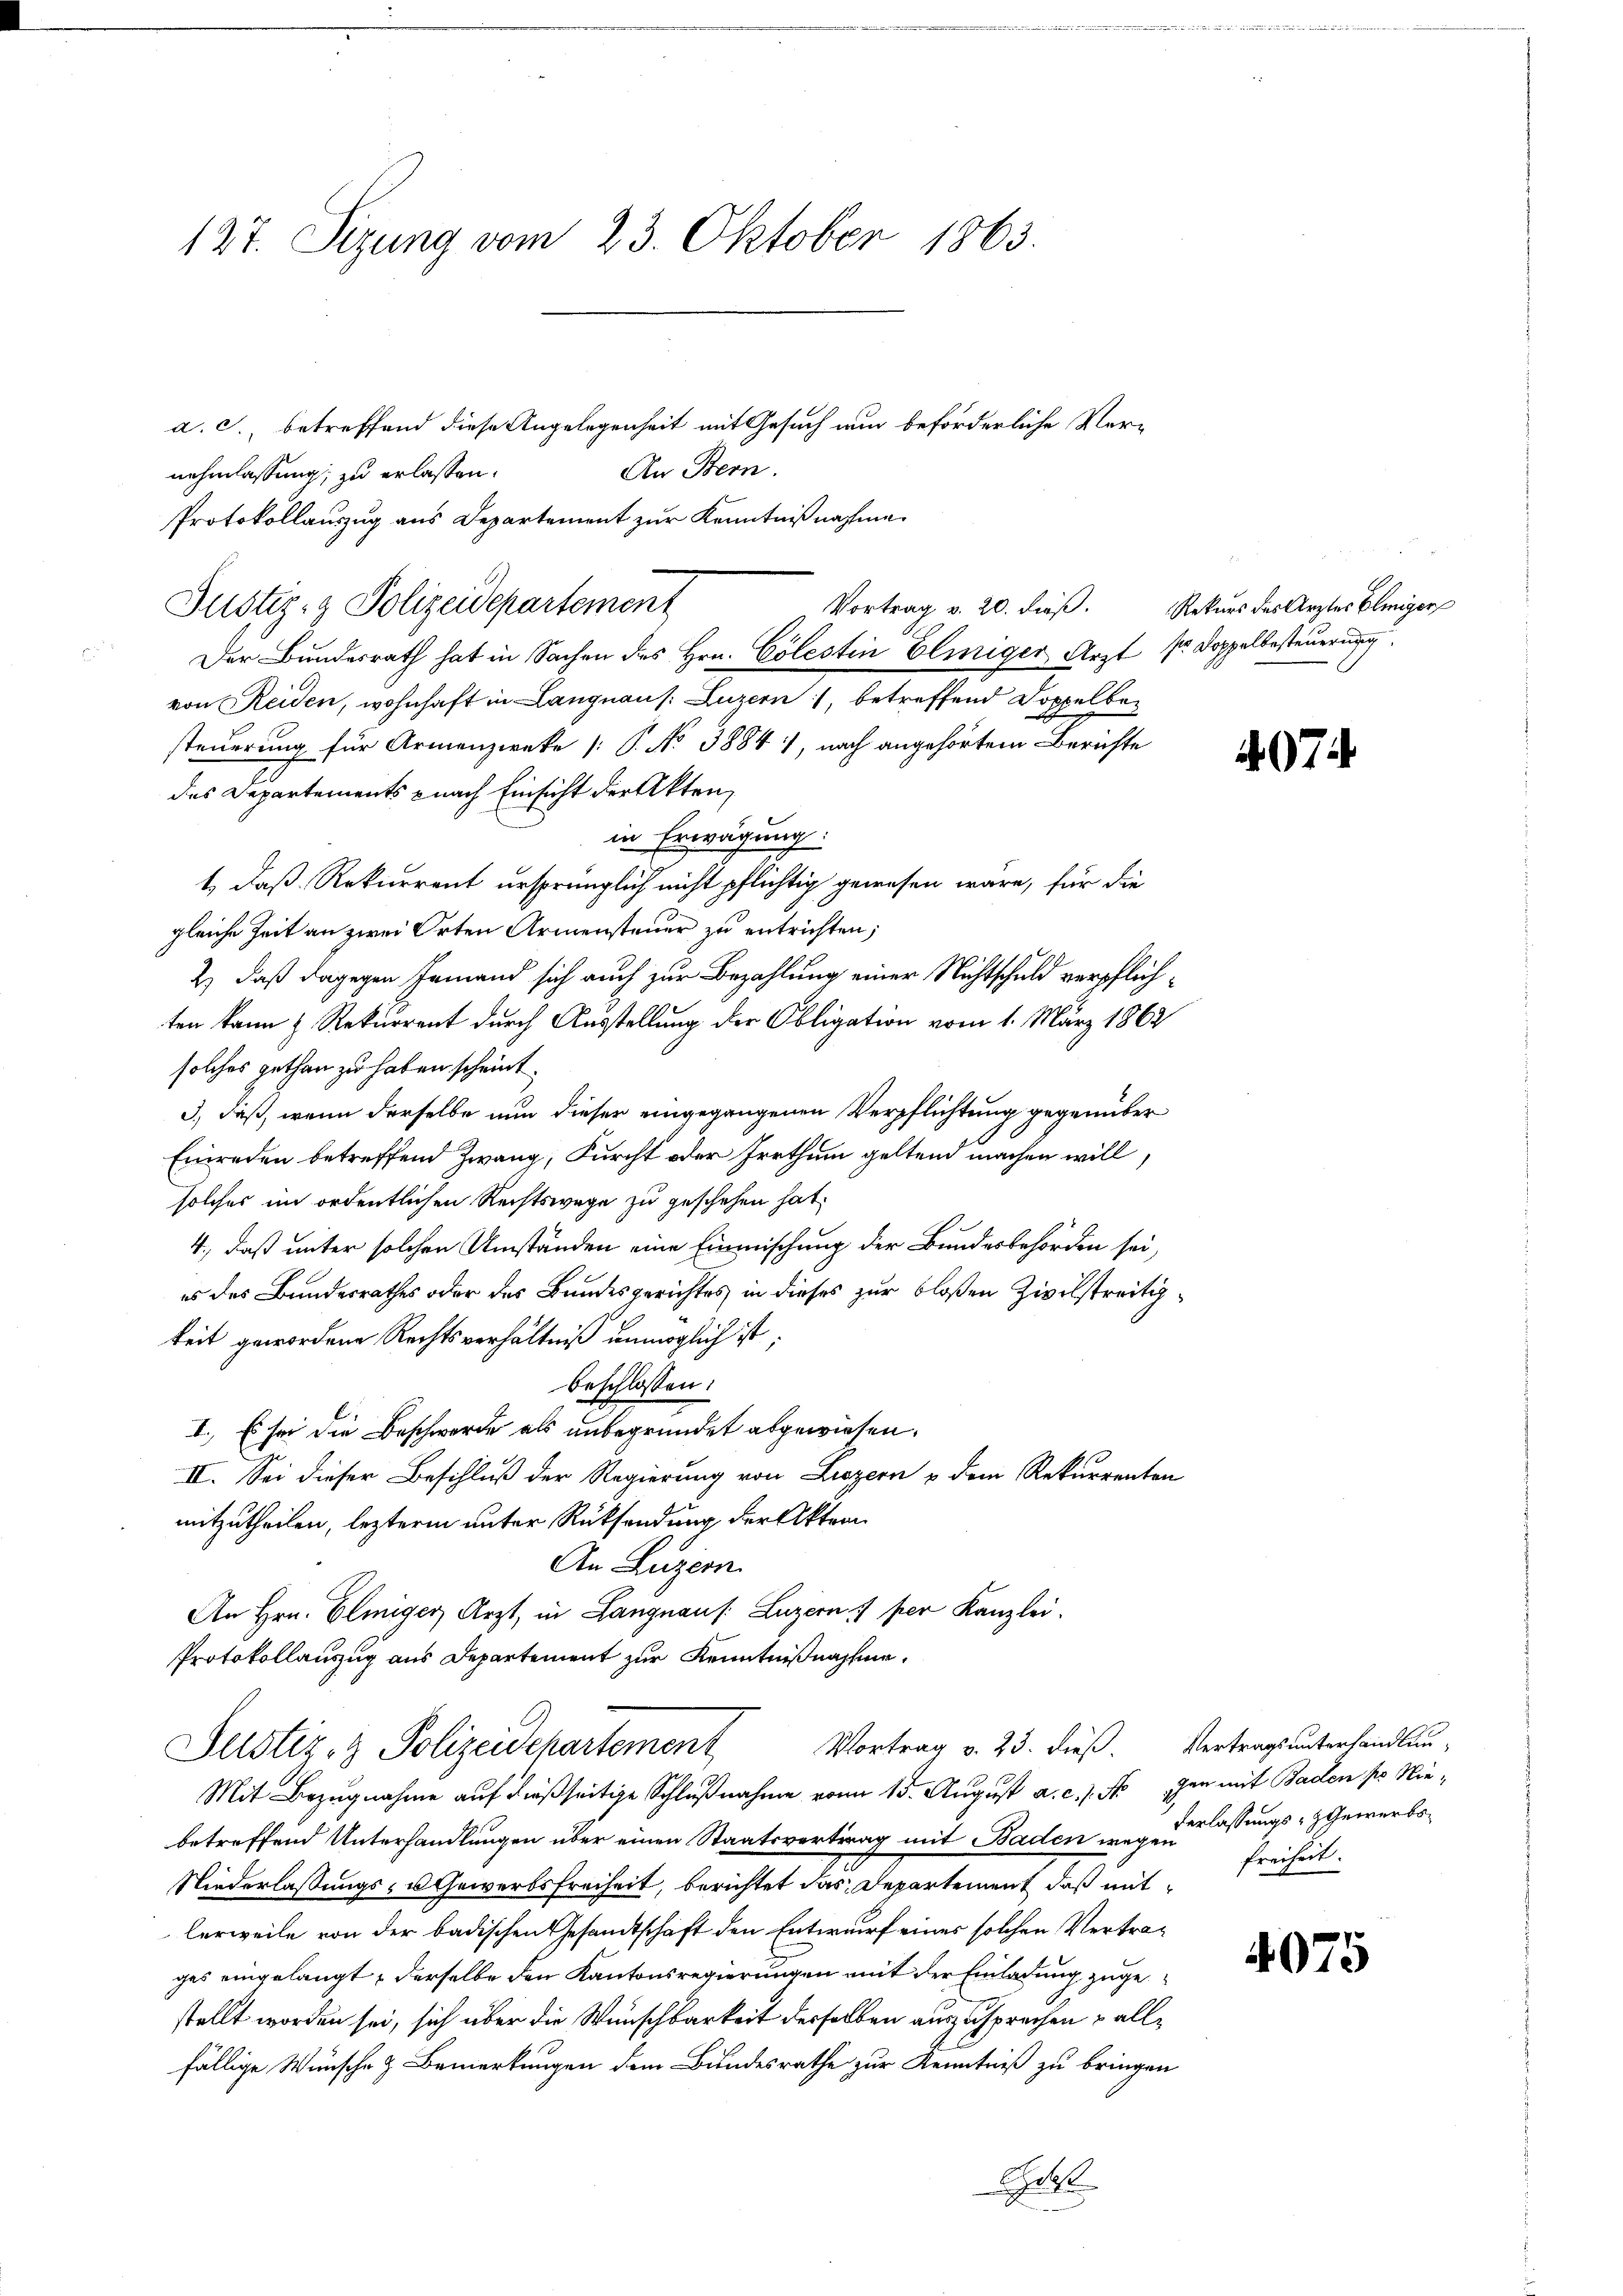
127. Sizung vom 23. Oktober 1863.

a. c., betreffend diese Angelegenheit mit Gesuch nun beförderliche Ver-
An Bern.
nehmlassung, zu erlassen.
Protokollauszug aus Departement zur Kenntnißnahme
Justiz- & Polizeidepartement
Der Bundesrath hat in Sachen des Hrn. Cölestin Eliiger Arzt Sr. Doppelbesteuerung
von Reiden, wohnhaft in Langnau s. Luzern, betreffend Doppel besteuerung für Armenzwecke [P. No 38841, nach angehörtem Berichte
des Departements nach Einsicht der Akten,
in Erwägung:
1.) Daß Rekurrent ursprünglich nicht pflichtig gewesen wäre, für die
gleiche Zeit an zwei Orten Armensteuer zu entrichten;
2.) daß dagegen Jemand sich auch zur Bezahlung einer Nichtschuld verpflichten kann & Rekurrent durch Ausstellung der Obligation vom 1. März 1862
solches gethan zu haben scheint.
3), daß, wenn derselbe nun dieser eingegangenen Verpflichtung gegenüber
Einreden betreffend Zwang, Furcht oder Irrthum geltend machen will,
solches im ordentlichen Rechtswege zu geschehen hat.
4., daß unter solchen Umständen eine Einmischung der Bundesbehörden sei,
es des Bundesrathes oder des Bundesgerichtes in dieses zur bloßen Zivilstreitigkeit gewordene Rechtsverhältniß unmöglich ist;
beschlossen:
I. Es sei die Beschwerde als unbegründet abgewiesen.
II. Sei dieser Beschluß der Regierung von Liezern & dem Rekurrenten
mitzutheilen, leztere unter Rücksendung der Aktran
An Luzern.
An Hrn. Elmiger Arzt, in Langnaus. Luzern) per Kanzlei.
Protokollauszug aus Departement zur Kenntnißnahme.
Vortrag v. 23. dieß Vertragsunterhandlun-
Justiz- & Polizeidchartement
Mit Bezugnahme auf dießseitige Schlußnahme von 15. August a. c. s. Nun mit Baden pr Niebetreffend Unterhandlungen über einen Staatsvertrag mit Baden weg zu lassungs-Gewerbs¬
Niederlassungs- u Gewerbsfreiheit, berichtet das Departement, daß mitlerweile von der badischen Gesandtschaft den Entwurf eines solchen Vertrages eingelangt, derselbe den Kantonsregierungen mit der Einladung zugestellt worden sei, sich über die Wünschbarkeit derselben auszusprechen – allfällige Wünsche & Bemerkungen dem Bundesrathe zur Kenntniß zu bringen
Ge

Vortrag v. 20. dieß. Rekurs des Arztes Eleiger

4074

Freiheit.

4075